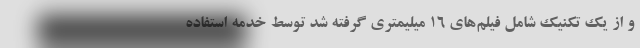
و از یک تکنیک شامل فیلم‌های ۱۶ میلیمتری گرفته شد توسط خدمه استفاده